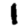
Digit: 1